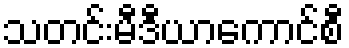
သတင်းမီဒီယာကောင်စီ